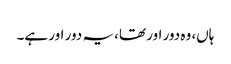
ہاں، وہ دور اور تھا، یہ دور اور ہے۔